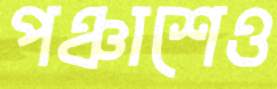
পঞ্চাশেও